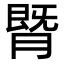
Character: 䐴